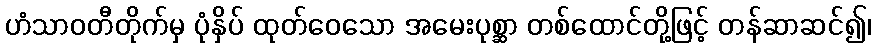
ဟံသာဝတီတိုက်မှ ပုံနှိပ် ထုတ်ဝေသော အမေးပုစ္ဆာ တစ်ထောင်တို့ဖြင့် တန်ဆာဆင်၍၊